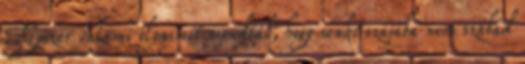
Egyszer valami olyasmit mondtál, hogy senki szájába nem szabad